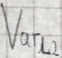
Text: Varl2